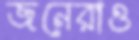
জনেরাও